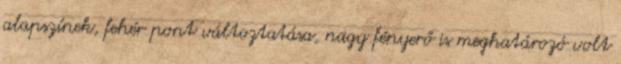
alapszínek, fehér pont változtatása, nagy fényerő is meghatározó volt